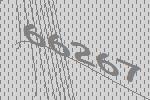
66267